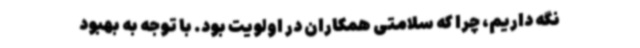
نگه داریم، چرا که سلامتی همکاران‌ در اولویت بود. با توجه به بهبود